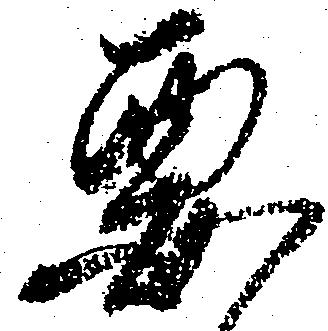
要